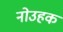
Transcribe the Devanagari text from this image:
नोउहक